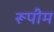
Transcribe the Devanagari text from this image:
रूपीम